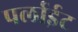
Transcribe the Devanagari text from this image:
पर्लाईट